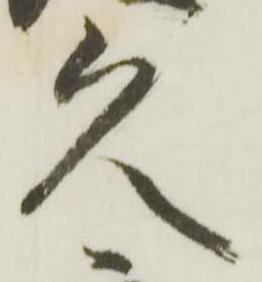
久